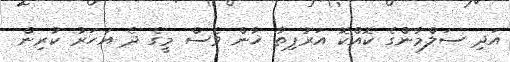
އަދި ސަލްމާންގެ ކޮއްކޮ އަރުޕިތާ ޚާން ވެސް މީގެ ދެ އަހަރު ކުރިން